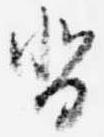
沓